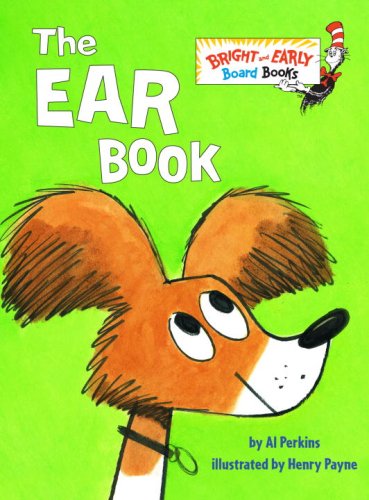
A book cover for The Ear Book (Bright & Early Board Books(TM)); Al Perkins; Children's Books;